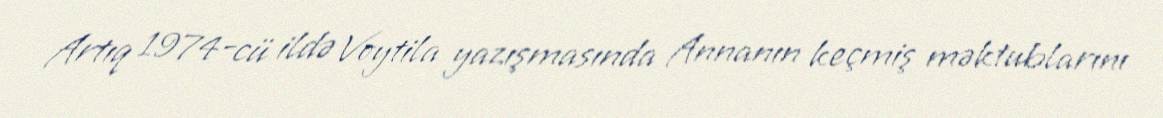
Artıq 1974-cü ildə Voytila yazışmasında Annanın keçmiş məktublarını